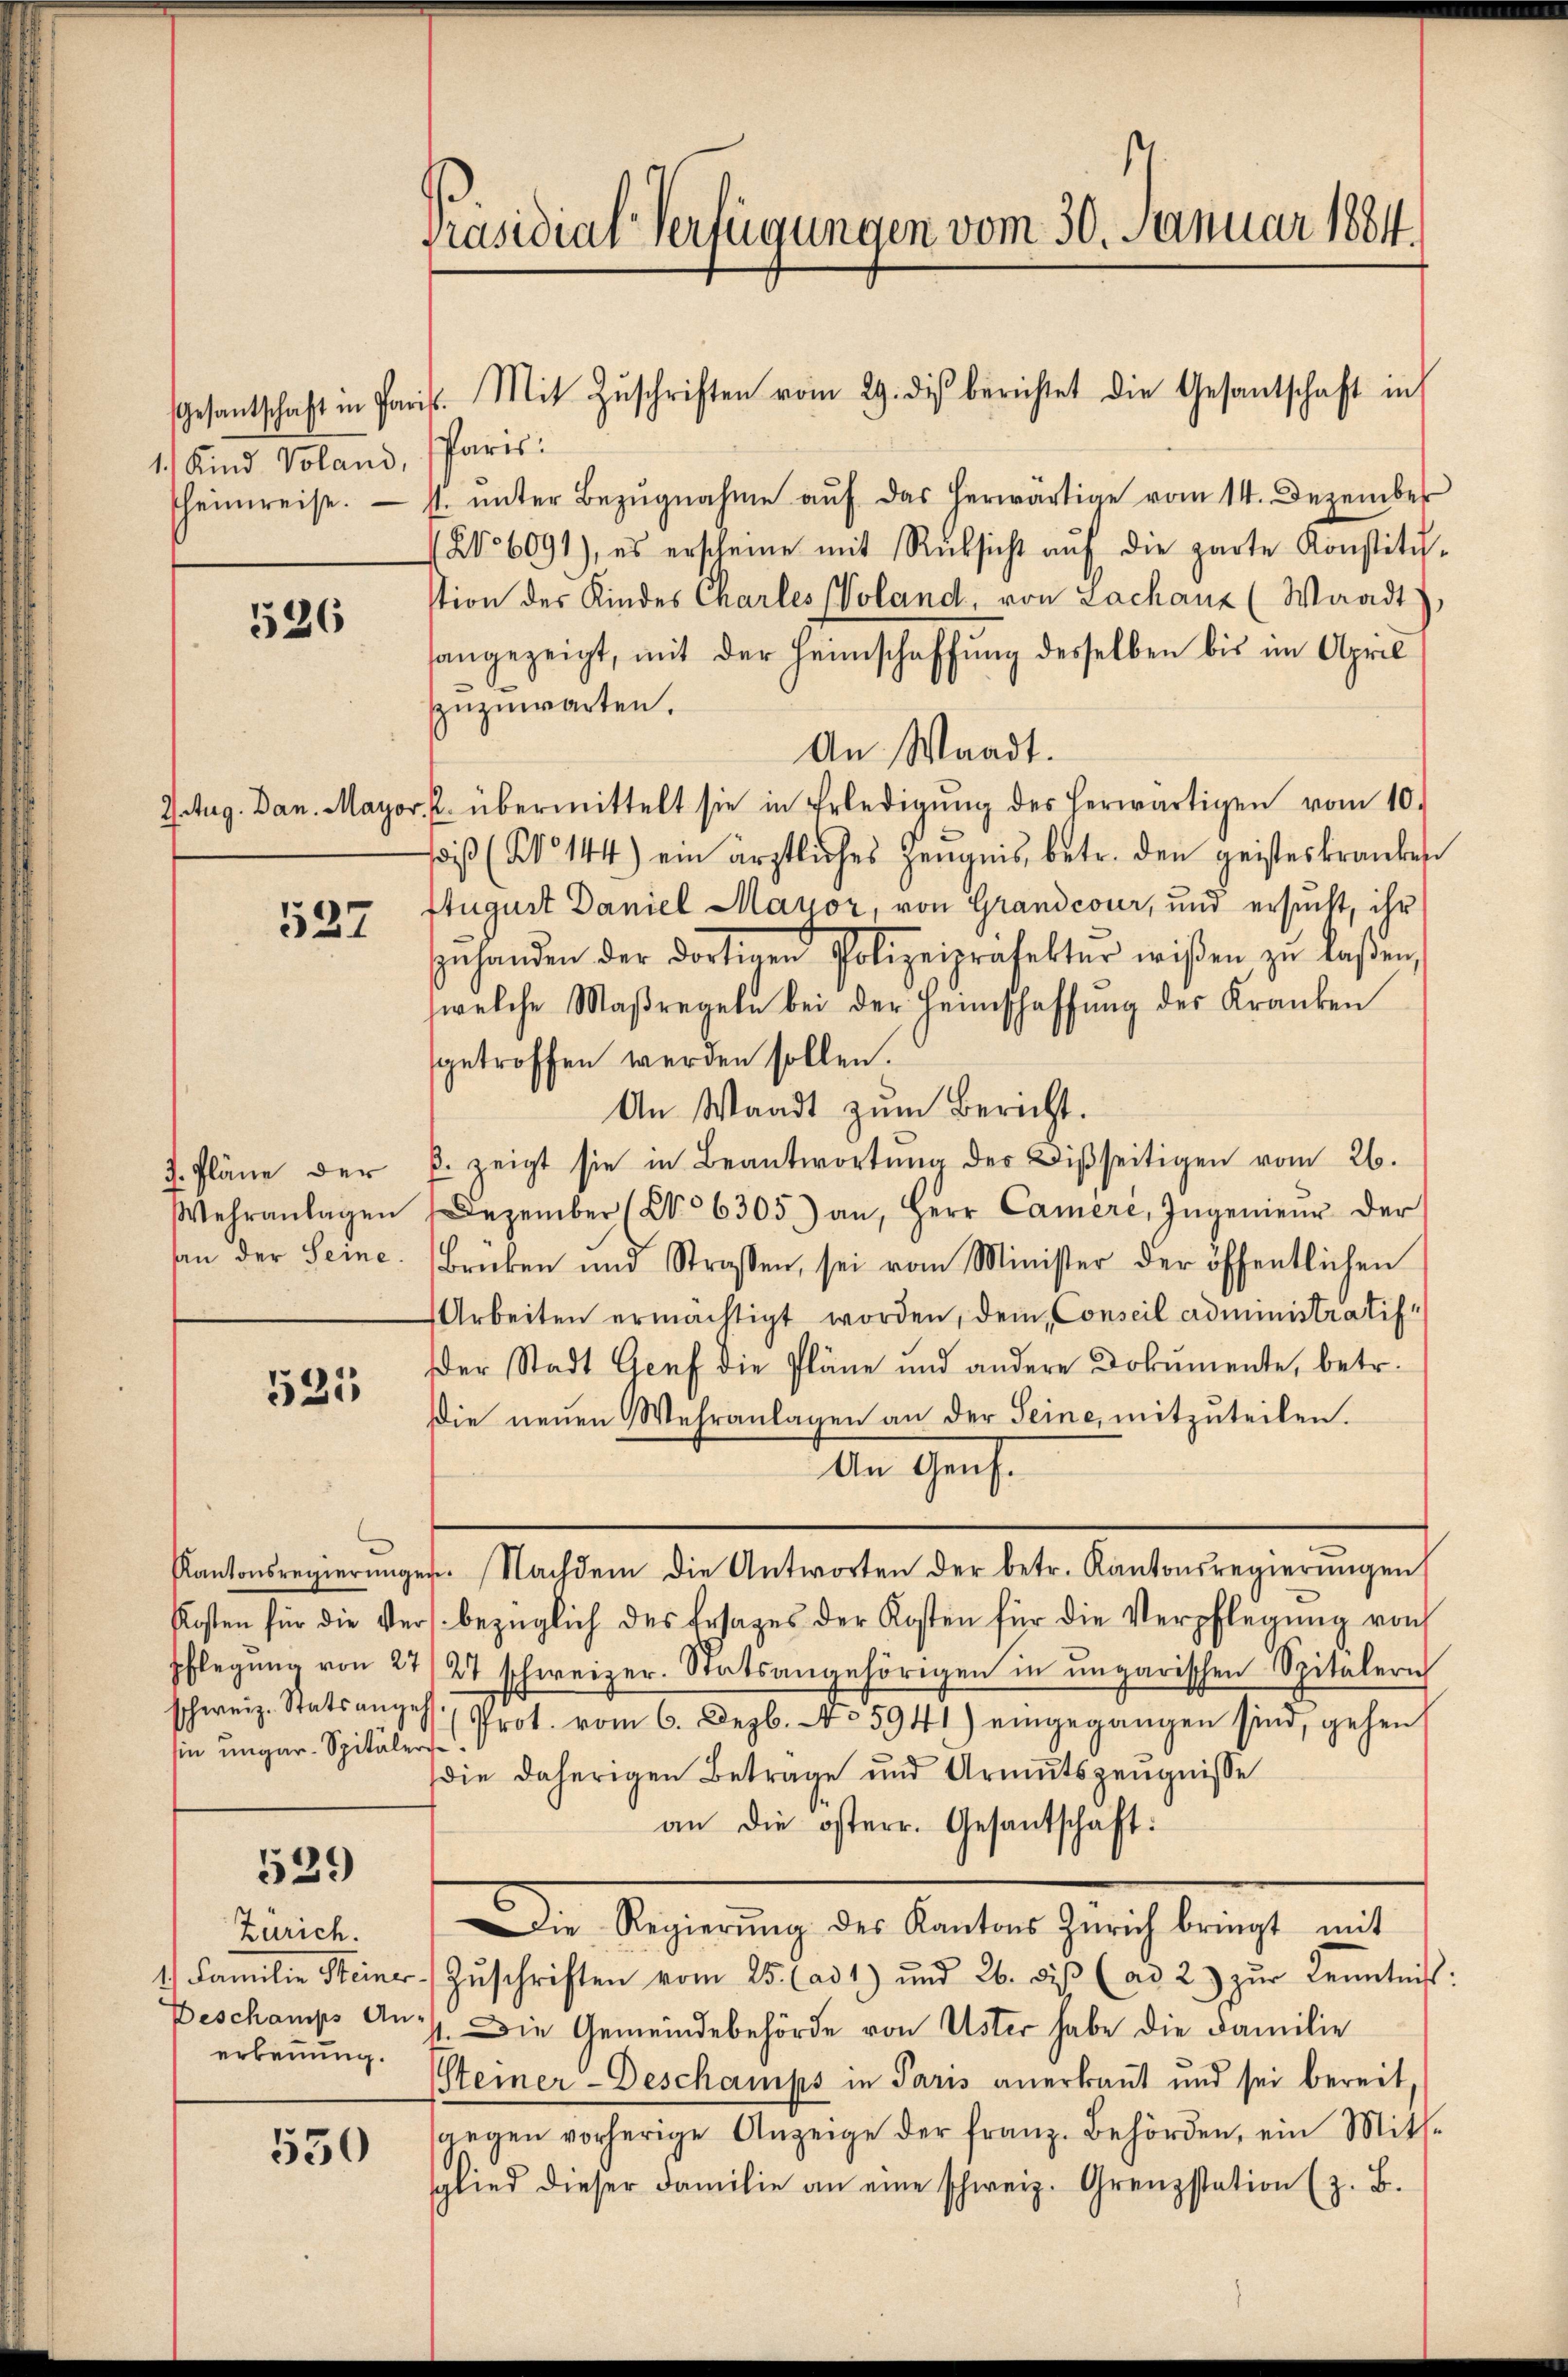
Gesantschaft in Par
1. Kind Voland,
scheinweise.

526

527

J. Pläne der
Wehranlagen
han der Seine

535

sin ungar-Spitäler

529

Zürich.
erkennung.

530

Präsidial-Verfügungen vom 30. Januar 1884.

Paris.
st unter Bezugnahme auf das herwärtige vom 14. Dezember
No 6091), es erscheine mit Rücksicht aŭf die parte Konstitu
stion des Kindes Charles (Voland, von Lachanz (Waadt
sangezeigt, mit der Heimschaffung desselben bis im April
zuzuwarten.
An Waadt.
I.Aug. Dan. Mayor, u. übermittelt sie in Erledigŭng des herwärtigen vom 10.
iß (No 144) ein ärztliches Zeugnis, betr. den geisteskranken
Stugust Daniel Mayor, von Grandcour, und ersucht, ihr
zŭhanden der dortinen Polizeipräfekter wißen zu laßen,
welche Maßregeln bei der Heimschaffŭng des Kranken
sgetroffen werden sollen.
An Waadt zum Bericht.
p. zeigt sie in Beantwortŭng der Disseitigen vom 26.
Dezember (No 6305) an, Herr Cameri, Ingenieŭr der
Brücken und Strassen, sei vom Minister der öffentlichen
Arbeiten ermächtigt worden, dem Conseil administratif
Der Stadt Genf die Pläne und andere Dokumente, betr.
Die neuen Wehranlagen an der Seine, mitzuteilen.
An Gens¬
Kantonsregierŭngen. Nachdem die Antworten der betr. Kantonsregierŭngen
Kosten für die Vers bezüglich des Ersages der Kosten für die Verpflegŭng von
Pflegŭng von 27/27 schweizer. Statsangehörigen in ungarischen Spitälerich
schweiz. Statsangeh. Prot. vom 6. Dezb. No 5941) eingegangen sind, gehen
die daherigen Beträge und Armutszeugnisse
an die österr. Gesandtschaft:
Die Scheidung der Kanton Zürich bericht mit
1. Familie Steiner Zŭschriften vom 25. (ad 1) und 26. diβ (ad 2) zŭr Kenntnis
Beschamps an. Die Gemeindebehörde von Uster habe die Familie
Steiner Deschamps in Paris anerkannt und sei bereit
gegen vorherige Anzeige der franz. Behörden, ein Mit-
sglied dieser Familie an eine schweiz. Grenzstation (z. B.

is. Mit Zŭschriften vom 29. diβ berichtet die Gesantschaft in